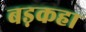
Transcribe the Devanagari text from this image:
बड़कहा